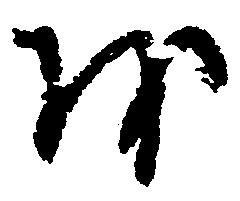
を